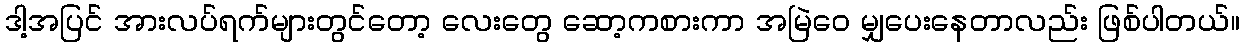
ဒါ့အပြင် အားလပ်ရက်များတွင်တော့ လေးတွေ ဆော့ကစားကာ အမြဲဝေ မျှပေးနေတာလည်း ဖြစ်ပါတယ်။